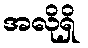
အလိုရှိ